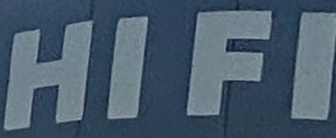
H I F I